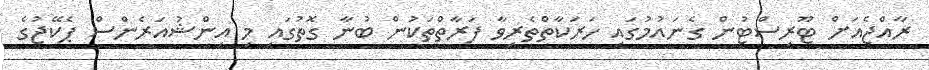
ރާއްޖެއަށް ޓޫރިސްޓުން ގެނައުމުގައި ހަރަކާތްތެރިވާ ފަރާތްތަކުން ބުނާ ގޮތުގައި މި އިންޝުއަރެންސް ޕެކޭޖުގެ